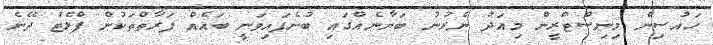
ހައުސިން މިނިސްޓްރީން މިއަދު ނެރުނު ބަޔާނެއްގައި ބުނެފައިވަނީ ބައެއް ފަރާތްތަކުން ފްލެޓު ދޭނެ